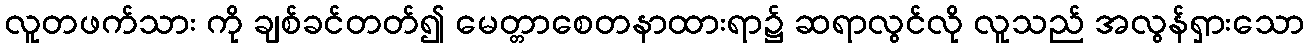
လူတဖက်သား ကို ချစ်ခင်တတ်၍ မေတ္တာစေတနာထားရာ၌ ဆရာလွင်လို လူသည် အလွန်ရှားသော